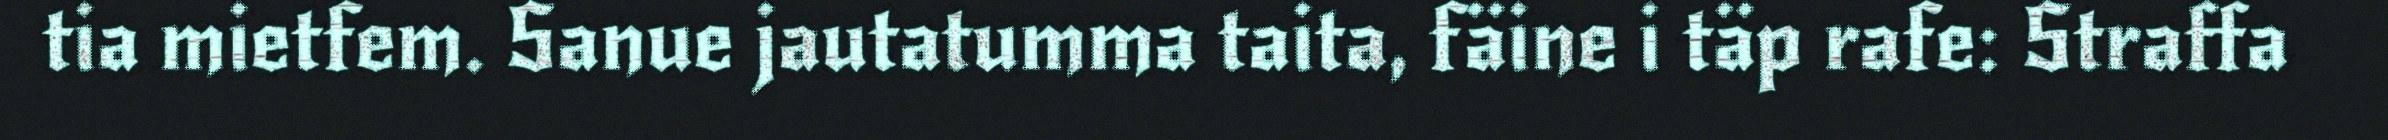
tia mietfem. Sanue jautatumma taita, fäine i täp rafe: Straffa